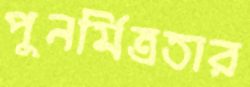
পুনর্মিত্রতার